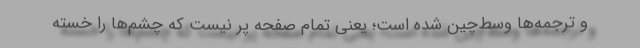
و ترجمه‌ها وسط‌چین شده است؛ یعنی تمام صفحه پر نیست که چشم‌ها را خسته